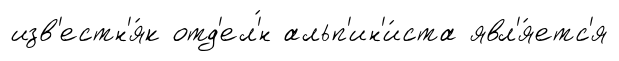
изв'естн'я́к отд'ел'́н альп'ин'и́ста явл'я́етс'я